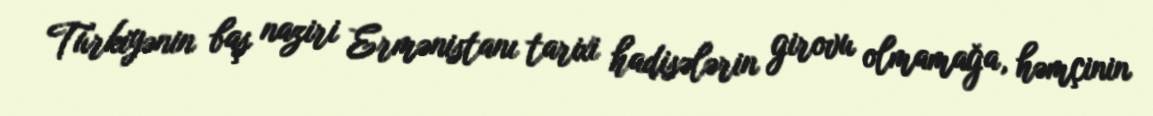
Türkiyənin baş naziri Ermənistanı tarixi hadisələrin girovu olmamağa, həmçinin